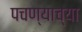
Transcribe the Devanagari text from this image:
पचण्याच्या